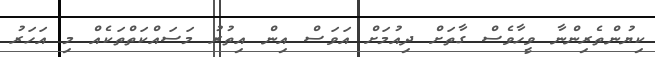
ކިޔުންތެރިންނާ ވީހާވެސް ގާތަށް ދިއުމަށް އަވަސް އިން އިތުރު މަސައްކަތްތަކެއް މި އަހަރު